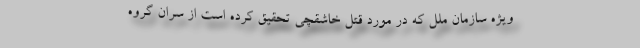
ویژه سازمان ملل که در مورد قتل خاشقچی تحقیق کرده است از سران گروه